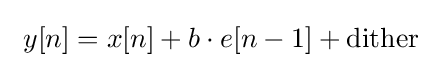
\ y[n]=x[n]+b\cdot e[n-1]+\mathrm {dither}